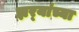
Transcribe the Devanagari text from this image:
झर्‍यांच्या